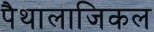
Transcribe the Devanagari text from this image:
पैथालाजिकल